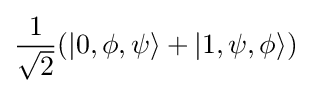
{\frac {1}{\sqrt {2}}}(|0,\phi ,\psi \rangle +|1,\psi ,\phi \rangle )